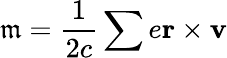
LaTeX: \mathfrak{m}=\frac{1}{2c}\sum e\textbf{r}\times\textbf{v}